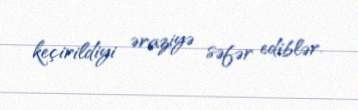
keçirildiyi əraziyə səfər ediblər.